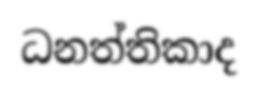
ධනත්තිකාද